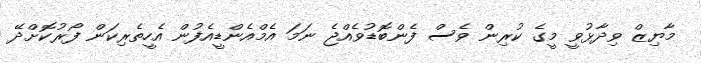
މާޔިޒް ވިދާޅުވީ މީގެ ކުރިން ވެސް ފެންބޮޑުވެއްޖެ ނަމަ އެމްއެންޑީއެފުން އެހީތެރިކަން ފޯރުކޮށްދޭ